Annual report on the working of the lock hospitals in the Central Provinces
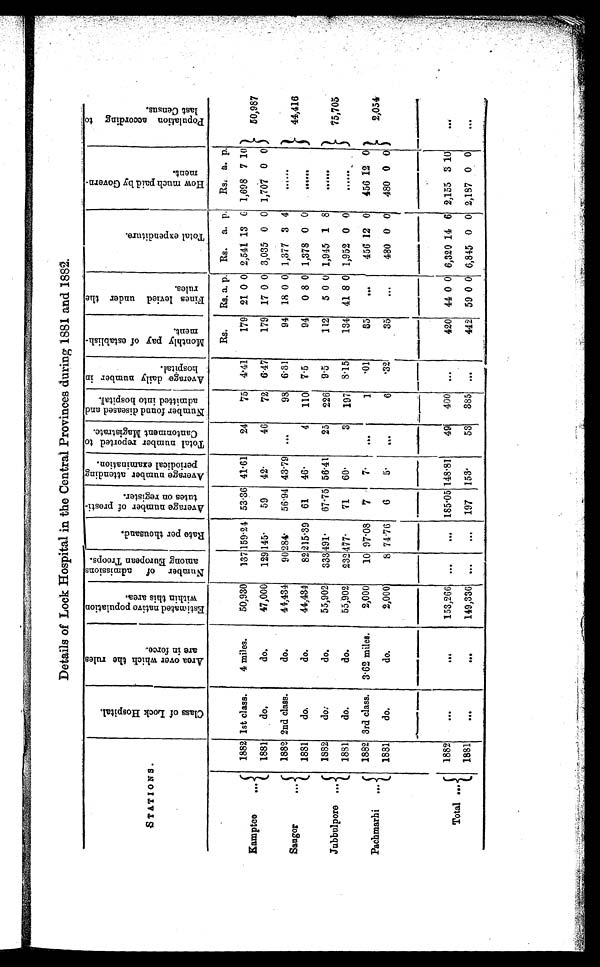
D e t a i l s o f L o c k H o s p i t a l i n t h e C e n t r a l P r o v i n c e s d u r i n g 1 8 8 1 a n d 1 8 8 2 .
S T A T I O N S .
C l a s s o f L o c k H o s p i t a l .
A r e a o v e r w h i c h t h e r u l e s a r e i n f o r c e .
E s t i m a t e d n a t i v e p o p u l a t i o n w i t h i n t h i s a r e a .
N u m b e r o f a d m i s s i o n s a m o n g E u r o p e a n T r o o p s .
R a t e p e r t h o u s a n d .
A v e r a g e n u m b e r o f p r o s t i t u t e s o n r e g i s t e r .
A v e r a g e n u m b e r a t t e n d i n g p e r i o d i c a l e x a m i n a t i o n .
T o t a l n u m b e r r e p o r t e d t o C a n t o n m e n t M a g i s t r a t e .
N u m b e r f o u n d d i s e a s e d a n d a d m i t t e d i n t o h o s p i t a l .
A v e r a g e d a i l y n u m b e r i n h o s p i t a l .
M o t h l y p a y o f e s t a b l i s h m e n t .
F i n e s l e v i e d u n d e r t h e r u l e s .
T o t a l e x p e n d i t u r e .
H o w m u c h p a i d b y G o v e r n m e n t .
P o p u l a t i o n a c c o r d i n g t o l a s t C e n s u s .
Rs.
Rs. a. p. Rs. a. p.
Rs.
a . p.
Kamptee
...
1882 1st class.
4 miles.
50,930
137 159·24 53 . 36 41 . 61
24
75 4·41
179 21 0 0 2,541 13 6 1,698 7 10
50,987
1881
do.
do.
47,00
129 145·
59
42·
46
72 6.47
179 17 0 0 3,035 0 0 1,707 0 0
Saugor
. . .
1882 2nd class.
do.
44,434
9 0284·
56·94 43 . 79
. . .
98 6·31
94 18 0 0 1,377 3 4
. . . . . .
. . .
44,416
1881
do.
do.
44,434
82 215 .39 61
46·
4
110 7 . 5
94
0 8 0 1,378 0 0
. . . . . .
. . .
Jubbulpore ...
1882
do.
do.
55,902
333 491·
67·75 56.41
25
226 9 . 5
112
5 0 0 1,945 1 8
. . . . . .
. . .
75,705
1881
do.
do.
55,902
232 477·
71
60·
3
197
8 . 15
134 41 8 0 1,952 0 0
. . . . . .
. . .
Pachmarhi
. . .
1882 3rd class.
3·62 miles.
2,000
10 97·08
7
7 ·
. . .
1
·01
35
. . .
... . . . 456 12 0
456 12 0
2,054
1881
do.
do.
2,000
8 74·76
6
5·
. . .
6
·32
35
. . .
...
. . .
480 0 0
480 0 0
Total . . .
1882
1 8 8 1
. . .
. . . 153,266 ...
...
185·05 148·81
49
400
. . .
420 44 0 0 6,320 14 6 2,155 3 10
...
. . .
. . . 149,336 ...
. . .
197
153·
53
385 ...
442 59 0 0 6,845 0 0 2,187 0 0
. . .